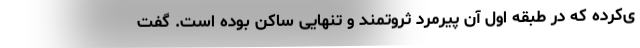
ی‌کرده که در طبقه اول آن پیرمرد ثروتمند و تنهایی ساکن بوده است. گفت